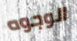
الوجوه